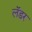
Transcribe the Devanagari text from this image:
लॅडर